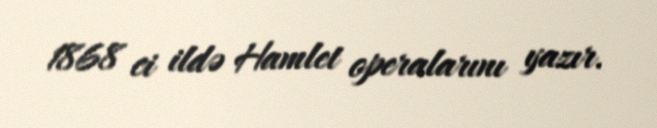
1868 ci ildə Hamlet operalarını yazır.